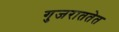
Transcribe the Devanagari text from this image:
गुजराततेत